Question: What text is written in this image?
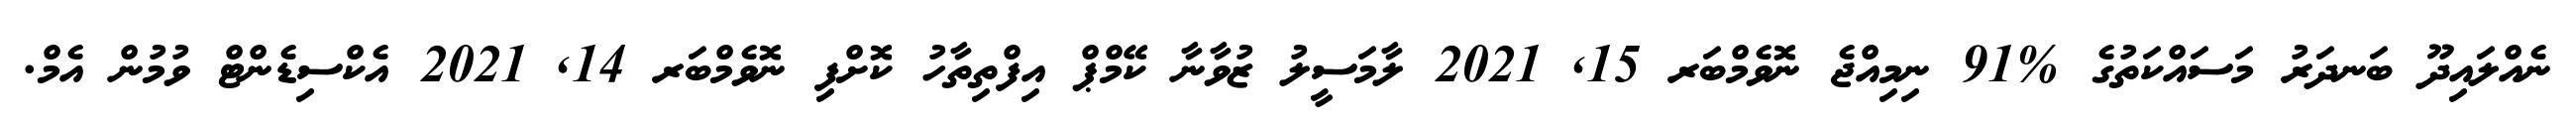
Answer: ނެއްލައިދޫ ބަނދަރު މަސައްކަތުގެ %91 ނިމިއްޖެ ނޮވެމްބަރ 15, 2021 ލާމަސީލު ޒުވާނާ ކޭމްޕް އިފްތިތާހު ކޮށްފި ނޮވެމްބަރ 14, 2021 އެކްސިޑެންޓް ވުމުން އެމް.